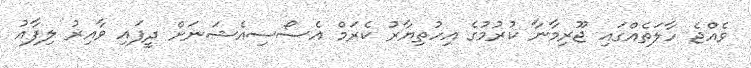
ވެއްޖެ ހާލަތެއްގައި ޖޫރިމާނާ ކުރުމުގެ އިހުތިޔާރު ކެރަމް އެސޯސިއެޝަނަށް ދީފައި ވާއިރު ލިފާއު